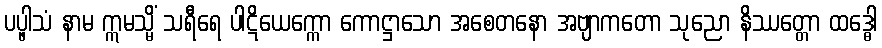
ပပ္ဖါသံ နာမ ဣမသ္မိံ သရီရေ ပါဋိယေက္ကော ကောဋ္ဌာသော အစေတနော အဗျာကတော သုညော နိဿတ္တော ထဒ္ဓေါ